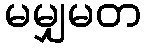
မမျှမတ